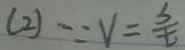
( 2 ) \because V = \frac { s } { t }